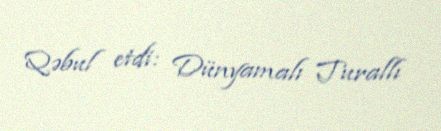
Qəbul etdi: Dünyamalı Turallı